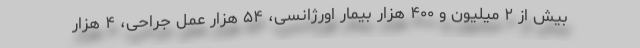
بیش از ۲ میلیون و ۴۰۰ هزار بیمار اورژانسی، ۵۴ هزار عمل جراحی، ۴ هزار